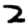
Digit: 2